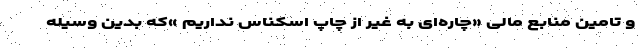
و تامین منابع مالی «چاره‌ای به غیر از چاپ اسکناس نداریم »که بدین وسیله